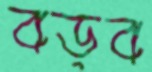
বড়ব